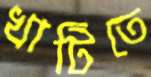
খাটিতে